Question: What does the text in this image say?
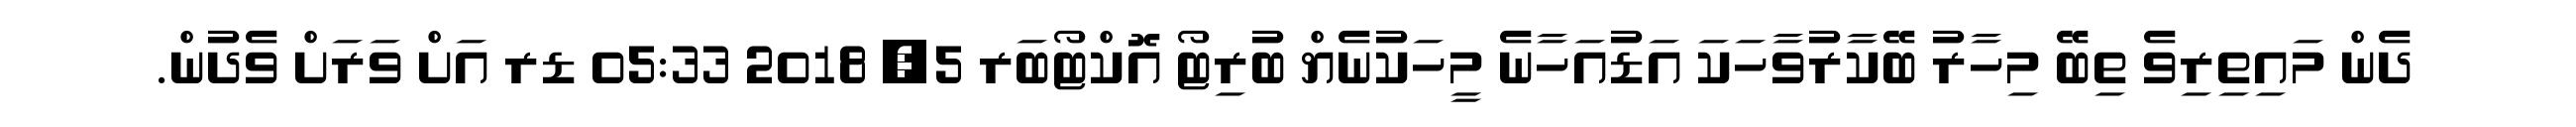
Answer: ދެން މައިތިރިވެ ތިބޭ މިހާރު ބޭކާރުވާހަކަ އަޑުއަހާނެ މީހަކުނެޔް ބުރިޓޯ އޮކްޓޯބަރ 5, 2018 05:33 ޑރ އަށް ވަރަށް ވެދުން.